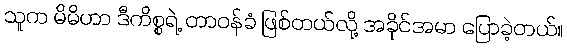
သူက မိမိဟာ ဒီကိစ္စရဲ့ တာဝန်ခံ ဖြစ်တယ်လို့ အခိုင်အမာ ပြောခဲ့တယ်။